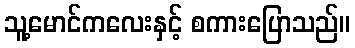
သူ့မောင်ကလေးနှင့် စကားပြောသည်။